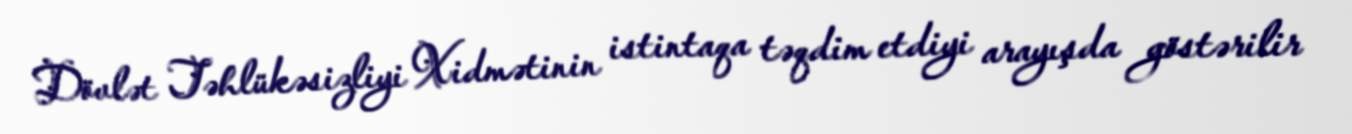
Dövlət Təhlükəsizliyi Xidmətinin istintaqa təqdim etdiyi arayışda göstərilir